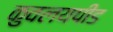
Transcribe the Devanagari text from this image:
कुवलयपीड